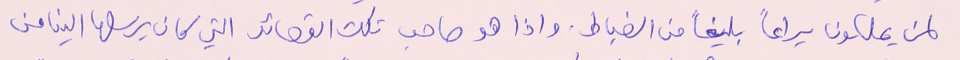
لمن يملكون يراعاً بليغاً من الضباط. واذا هو صاحب تلك القصائد التي كان يرسلها الينا من